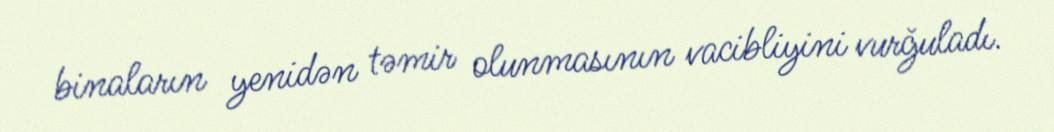
binaların yenidən təmir olunmasının vacibliyini vurğuladı.